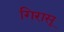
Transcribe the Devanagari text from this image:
गिरासू